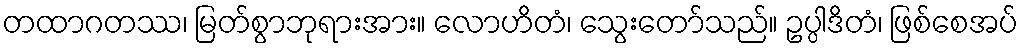
တထာဂတဿ၊ မြတ်စွာဘုရားအား။ လောဟိတံ၊ သွေးတော်သည်။ ဥပ္ပါဒိတံ၊ ဖြစ်စေအပ်